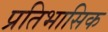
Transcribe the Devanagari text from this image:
प्रतिभासिक